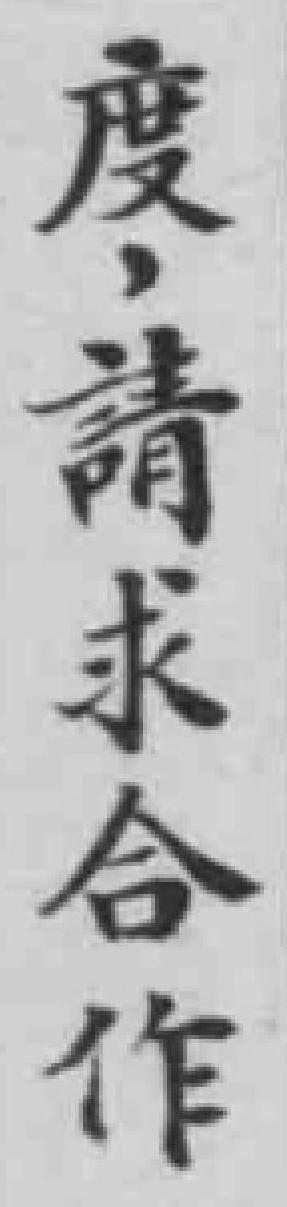
度，請求合作